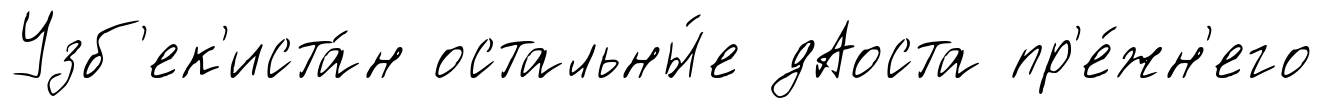
Узб'ек'иста́н остальны́е дАоста пр'е́жн'его